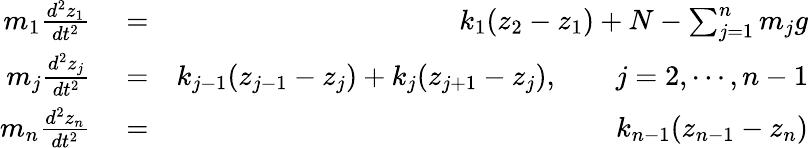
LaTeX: \begin{array}{rlr}{m_{1}\frac{d^{2}z_{1}}{dt^{2}}}&{{}=}&{k_{1}(z_{2}-z_{1})+N-\sum_{j=1}^{n}m_{j}g}\\ {m_{j}\frac{d^{2}z_{j}}{dt^{2}}}&{{}=}&{k_{j-1}(z_{j-1}-z_{j})+k_{j}(z_{j+1}-z_{j}),\qquad j=2,\cdots,n-1}\\ {m_{n}\frac{d^{2}z_{n}}{dt^{2}}}&{{}=}&{k_{n-1}(z_{n-1}-z_{n})}\end{array}